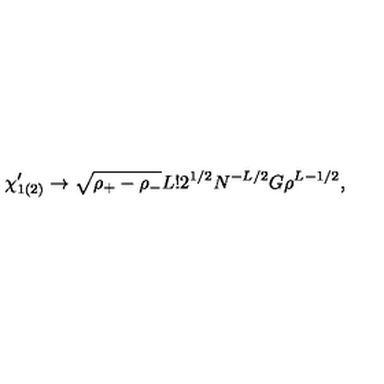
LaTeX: \chi _ { 1 ( 2 ) } ^ { \prime } \rightarrow \sqrt { \rho _ { + } - \rho _ { - } } L ! 2 ^ { 1 / 2 } N ^ { - L / 2 } G \rho ^ { L - 1 / 2 } ,